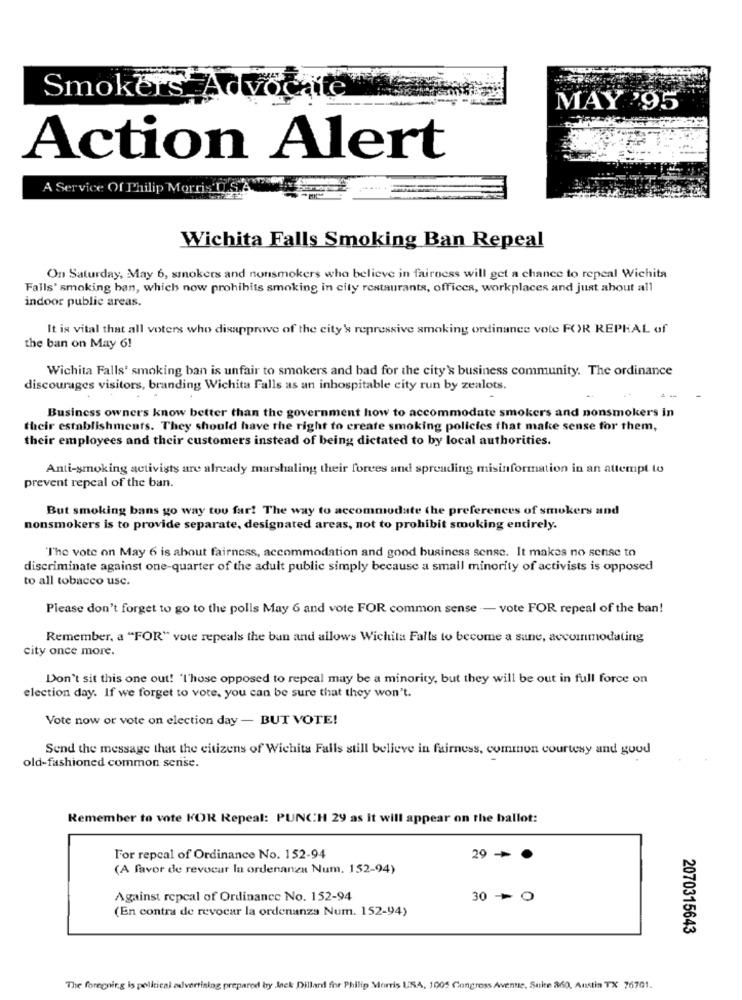
Smokers Advo
MAY '95
Action Alert
A Service Of Philip Morris'D
Wichita Falls Smoking Ban Repeal
On Saturday, May 6, smokers and nonsmokers who believe in fairness will get a chance to repeal Wichita
Falls' smoking ban, which now prohibits smoking in city restaurants, offices, workplaces and just about all
indoor public areas.
It is vital that all voters who disapprove of the city' repressive smoking ordinance vote FOR REPKAL of
the ban on May 6!
Wichita Falls' smoking ban is unfair to smokers and bad for the city's business community. The ordinance
discourages visitors, branding Wichita Falls as an inhospitable city run by zealots.
Business owners know better than the government how to accommodate smokers and nonsmokers in
their establishments. They should have the right to create smoking policies that make sense for them,
their employees and their customers instead of being dictated to by local authorities.
Anti-smoking activists are already marshaling their forces and spreading misinformation in an attempt to
prevent repeal of the ban.
But smoking bans go way tou far! The way to accommodate the preferences of smokers and
nonsmokers is to provide separate, designated areas, not to prohibit smoking entirely.
T'ho vote on May 6 is about fairness, accommodation and good business sense. It makes no sense to
discriminate against one-quarter of the adult public simply because a small minority of activists is opposed
to all tobacco usc.
Please don't forget to go to the polls May 6 and vote FOR common sense -- vote FOR repeal of the ban!
Remember, a "FOR" vote repeals the ban and allows Wichita Falls to become a sane, accommodating
city once more.
Don't sit this one out! 'I'hose opposed to repeal may be a minority, but they will be out in full force on
election day. If we forget to vote, you can be sure that they won't.
Vote now or vote on election day - BUT VOTE!
Send the message that the citizens of Wichita Falls still believe in fairness, common courtesy and goud
old-fashioned common sense.
Remember to vote KOR Repeal: PUNCH 29 as It will appear on the ballot:
For repcal of Ordinance No. 152-94
29 + 0
(A favor de revocar la ordenanza Num. 152-94)
Against repcal of Ordinance No. 152-94
30 0
(En contra de revocar la ordenanza Num. 152-94)
2070315643
The forening is political alvorrising prepared by Jack Dilland for Philip Morris USA. 1005 Congress Avenue, Suite 360, Austin TX 76701.